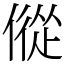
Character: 傱